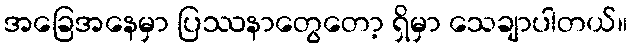
အခြေအနေမှာ ပြဿနာတွေတော့ ရှိမှာ သေချာပါတယ်။